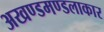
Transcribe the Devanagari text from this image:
अखण्डमण्डलाकार